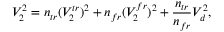
V _ { 2 } ^ { 2 } = n _ { t r } ( V _ { 2 } ^ { t r } ) ^ { 2 } + n _ { f r } ( V _ { 2 } ^ { f r } ) ^ { 2 } + \frac { n _ { t r } } { n _ { f r } } V _ { d } ^ { 2 } ,